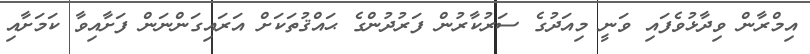
އިމްރާން ވިދާޅުވެފައި ވަނީ މިއަދުގެ ސަރުކާރުން ފަރުދުންގެ ޙައްޤުތަކަށް އަރައިގަންނަން ފަށާއިވާ ކަމަށާއި